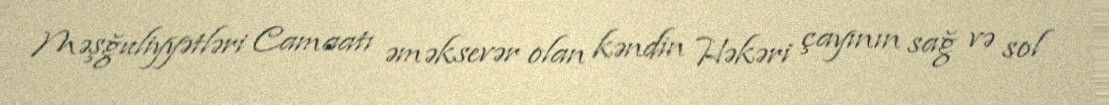
Məşğuliyyətləri Camaatı əməksevər olan kəndin Həkəri çayının sağ və sol